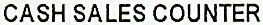
CASH SALES COUNTER